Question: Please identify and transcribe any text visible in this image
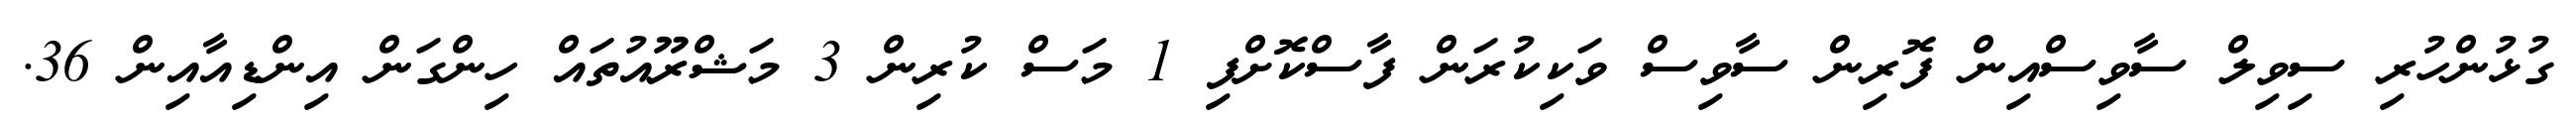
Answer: ގުޅުންހުރި ސިވިލް ސާވިސްއިން ފޮރިން ސާވިސް ވަކިކުރަން ފާސްކޮށްފި 1 މަސް ކުރިން 3 މަޝްރޫއުތައް ހިންގަން އިންޑިއާއިން 36.